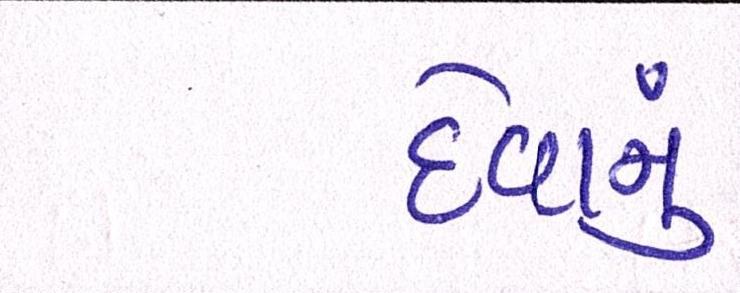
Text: દેવાનું